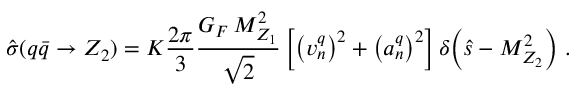
\hat { \sigma } ( q \bar { q } \to Z _ { 2 } ) = K { \frac { 2 \pi } { 3 } } { \frac { G _ { F } \, M _ { Z _ { 1 } } ^ { 2 } } { \sqrt 2 } } \left[ \left( v _ { n } ^ { q } \right) ^ { 2 } + \left( a _ { n } ^ { q } \right) ^ { 2 } \right] \delta \! \left( \hat { s } - M _ { Z _ { 2 } } ^ { 2 } \right) \, .